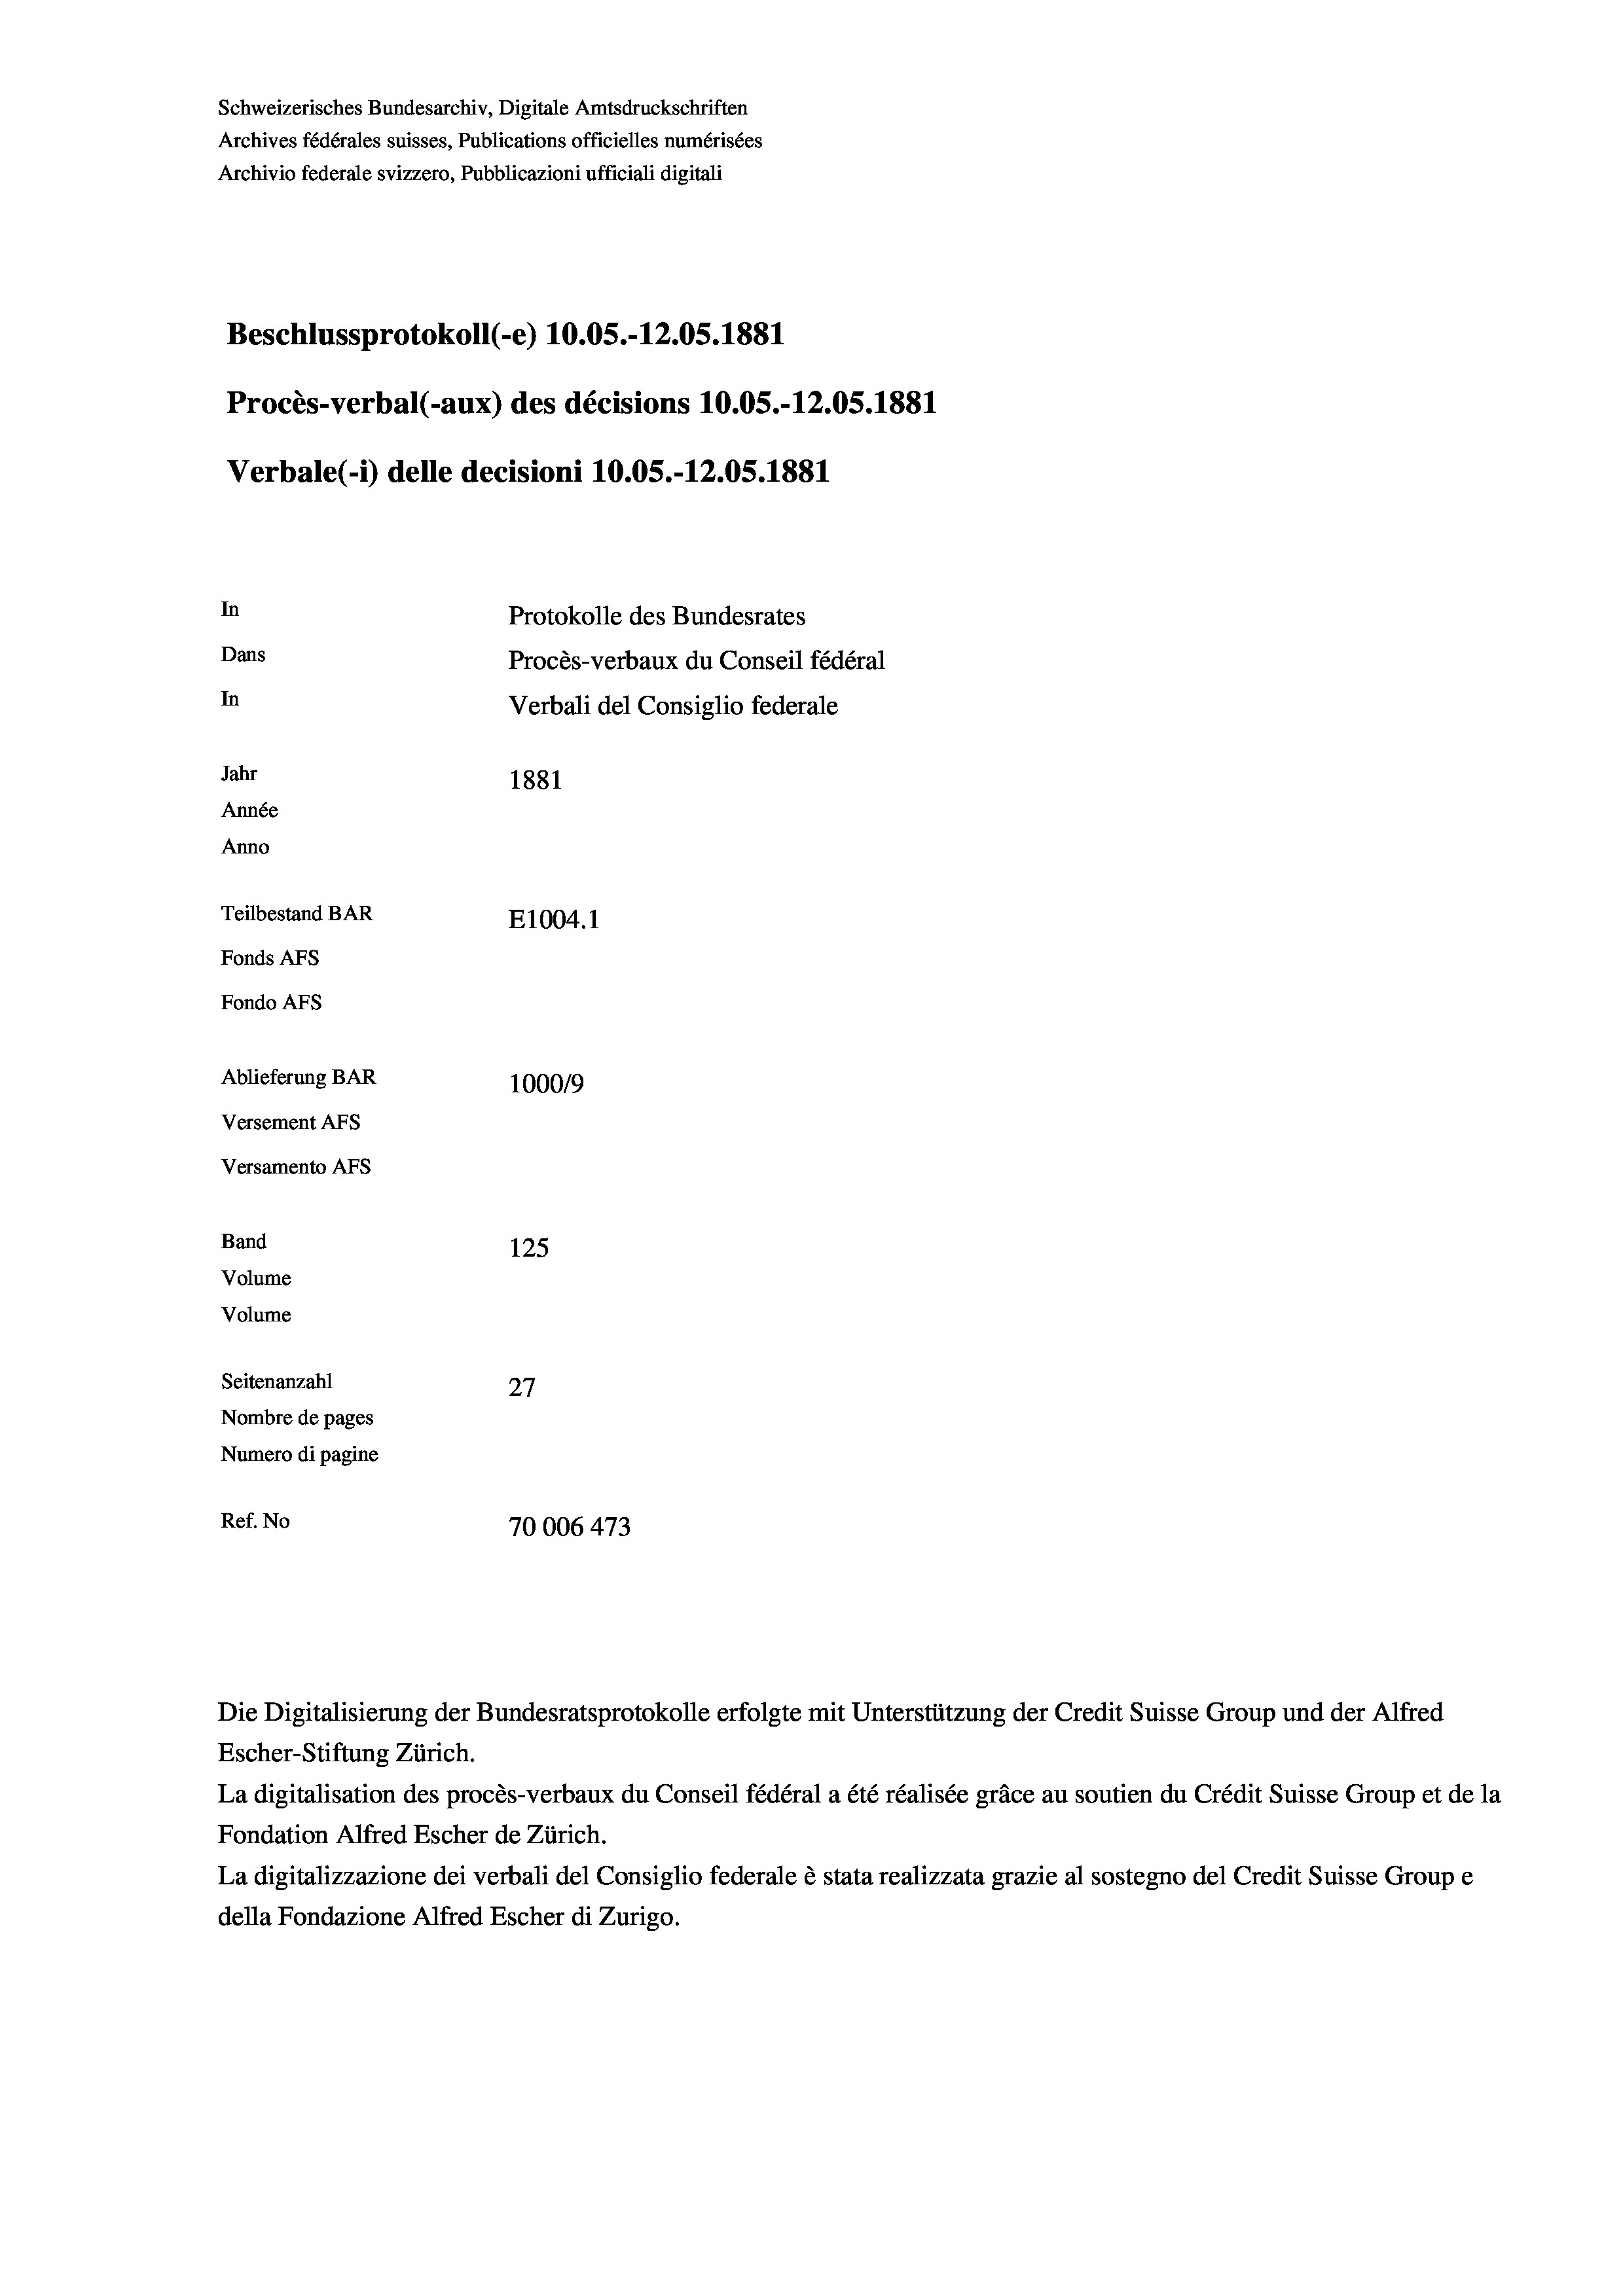
Schweizerisches Bundesarchiv, Digitale Amtsdruckschriften
Archives fédérales suisses, Publications officielles numérisées
Archivio federale svizzero, Pubblicazioni ufficiali digitali
Beschlussprotokoll (-e) 10.05.-12.05. 1881
Procès-verbal (-aux) des décisions 10.05.-12.05. 1881
Verbale (- 1) delle decisioni 10.05.-12.05. 1881
In
Protokolle des Bundesrates
Dans
Procès-verbaux du Conseil fédéral
In
Verbali del Consiglio federale
Jahr
1881
Année
Anno
Teilbestand BAR
E1004. 1
Fonds AFs
Fondo Afs
Ablieferung BAR
100019
Versement AFs
Versamento AFs
Band
125
Volume
Volume
Seitenanzahl
37
27
Nombre de pages
Numero di pagine
Ref. No
70006 473

Die Digitalisierung der Bundesratsprotokolle erfolgte mit Unterstützung der Credit Suisse Group und der Alfred
Escher-Stiftung Zürich.
La digitalisation des procès-verbaux du Conseil fédéral a été réalisée gräce au soutien du Crédit Suisse Group et de la
Fondation Alfred Escher de Zürich.
La digitalizzazione dei verbali del Consiglio federale è stata realizzata grazie al sostegno del Credit Suisse Groupe
della Fondazione Alfred Escher di Zurigo.